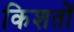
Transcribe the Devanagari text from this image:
किशतों